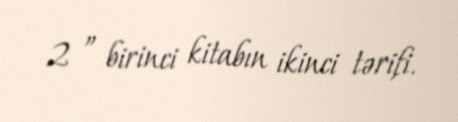
2 ” birinci kitabın ikinci tərifi.